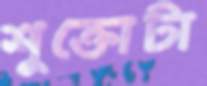
শুক্তোটা